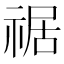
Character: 𥚑